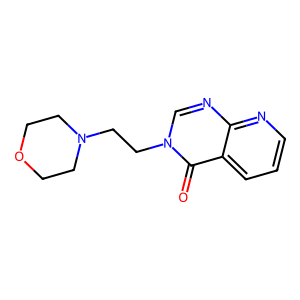
SMILES: O=c1c2cccnc2ncn1CCN1CCOCC1
Inhibits HIV replication: No